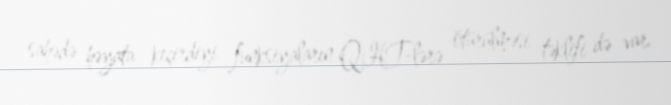
sahədə həyata keçirdiyi funksiyaların QHT-lərə ötürülməsi təklifi də var.